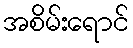
အစိမ်းရောင်